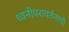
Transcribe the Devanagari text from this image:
ध्वनीपरावर्तनाची